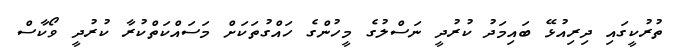
ތުރުކީގައި ދިރިއުޅޭ ބައިމަދު ކުރުދީ ނަސްލުގެ މީހުންގެ ހައްގުތަކަށް މަސައްކަތްކުރާ ކުރުދީ ވޯކާސް